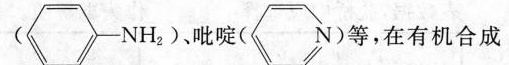
(-NH_{2})、吡啶(N)等，在有机合成